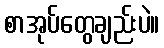
စာအုပ်တွေချည်းပဲ။